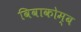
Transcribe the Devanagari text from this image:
विवाकोम्ब